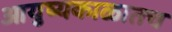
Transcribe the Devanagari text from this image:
आयुष्यकाळातच